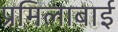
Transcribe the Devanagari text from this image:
प्रमिलाबाई